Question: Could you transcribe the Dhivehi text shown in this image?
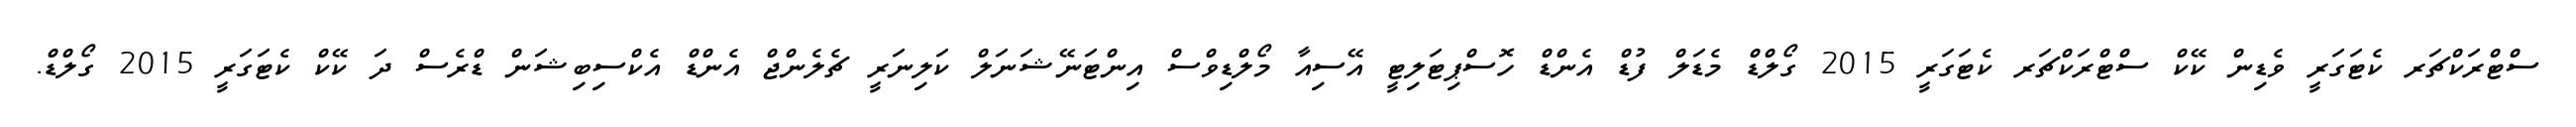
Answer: ސްޓްރަކްޗަރ ކެޓަގަރީ ވެޑިން ކޭކް ސްޓްރަކްޗަރ ކެޓަގަރީ 2015 ގޯލްޑް މެޑަލް ފުޑް އެންޑް ހޮސްޕިޓަލިޓީ އޭސިއާ މޯލްޑިވްސް އިންޓަނޭޝަނަލް ކަލިނަރީ ޗެލެންޖް އެންޑް އެކްސިބިޝަން ޑްރެސް ދަ ކޭކް ކެޓަގަރީ 2015 ގޯލްޑް.